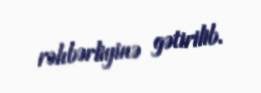
rəhbərliyinə gətirilib.